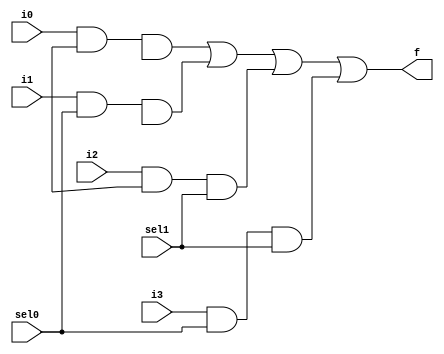
module mux4to1 (sel0, sel1, i0, i1, i2, i3, f);
    input sel0, sel1, i0, i1, i2, i3;
    output f;
    wire w0, w1, w2, w3, nsel0, nsel1;
    
    and(w0, i0, nsel0, nsel1);
    and(w1, i1, sel0, nsle1);
    and(w2, i2, nsel0, sel1);
    and(w3, i3, sel0, sel1);
    or(f, w0,w1,w2,w3);
endmodule